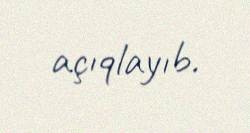
açıqlayıb.